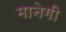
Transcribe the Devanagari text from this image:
मानेगी